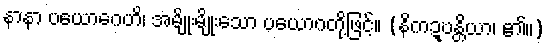
နာနာ ပယောဂေဟိ၊ အမျိုးမျိုးသော ပယောဂတို့ဖြင့်။ (နိကဍ္ဎန္တိယာ၊ ၏။)